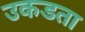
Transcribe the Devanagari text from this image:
उकडता